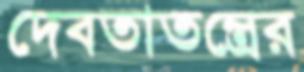
দেবতাতন্ত্রের